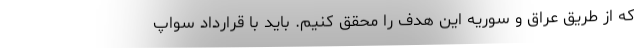
که از طریق عراق و سوریه این هدف را محقق کنیم. باید با قرارداد سواپ